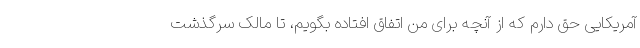
آمریکایی حق دارم که از آنچه برای من اتفاق افتاده بگویم، تا مالک سرگذشت